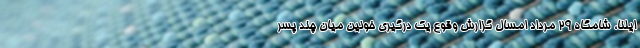
ایلنا، شامگاه ۲۹ مرداد امسال گزارش وقوع یک درگیری خونین میان چند پسر